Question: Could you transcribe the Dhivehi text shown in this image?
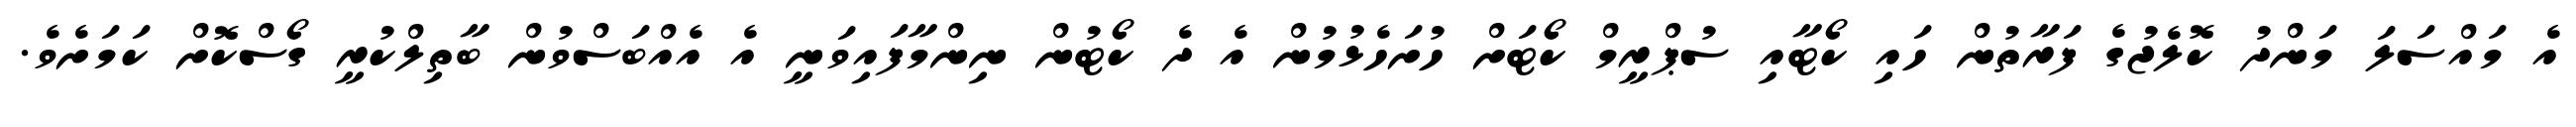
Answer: އެ މައްސަލަ މަންދު ކޮލެޖުގެ ފަރާތުން ހައި ކޯޓާއި ސުޕްރީމް ކޯޓަށް ހުށަހެޅުމުން އެ ދެ ކޯޓުން ނިންމާފައިވަނީ އެ އެއްބަސްވުން ބާތިލްކުރީ ގޯސްކޮށް ކަމަށެވެ.